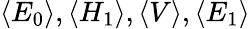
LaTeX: \langle E_{0}\rangle,\langle H_{1}\rangle,\langle V\rangle,\langle E_{1}\rangle